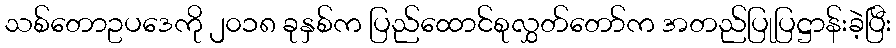
သစ်တောဥပဒေကို ၂၀၁၈ ခုနှစ်က ပြည်ထောင်စုလွှတ်တော်က အတည်ပြုပြဋ္ဌာန်းခဲ့ပြီး